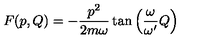
F ( p , Q ) = - \frac { p ^ { 2 } } { 2 m \omega } \tan \left( \frac { \omega } { \omega ^ { \prime } } Q \right)